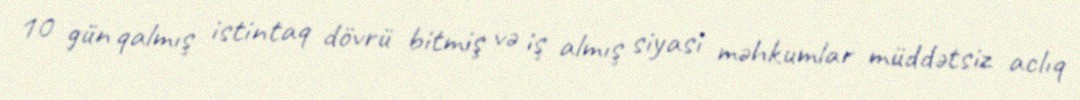
10 gün qalmış istintaq dövrü bitmiş və iş almış siyasi məhkumlar müddətsiz aclıq